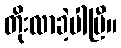
တိုးလာခဲ့ပါပြီ။